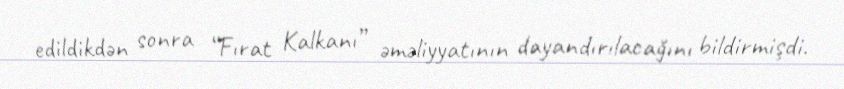
edildikdən sonra “Fırat Kalkanı” əməliyyatının dayandırılacağını bildirmişdi.